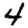
Digit: 4